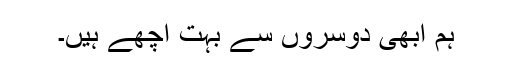
ہم ابھی دوسروں سے بہت اچھے ہیں۔